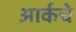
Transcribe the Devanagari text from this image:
आर्कचे